Standards of the constituents of the urine and blood and the bearing of the metabolism of Bengalis on the problems of nutrition - Number 34
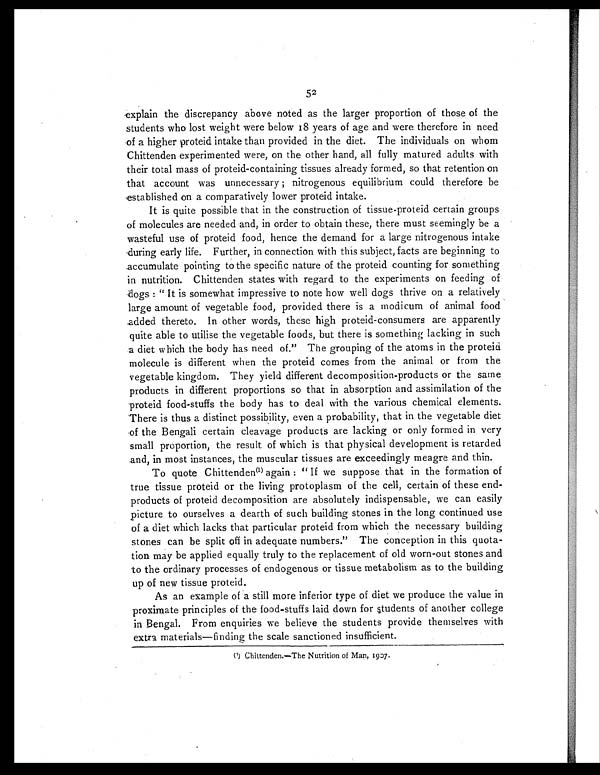
52
explain the discrepancy above noted as the larger proportion of those of the
students who lost weight were below 18 years of age and were therefore in need
of a higher protein intake than provided in the diet. The individuals on whom
Chittenden experimented were, on the other hand, all fully matured adults with
their total mass of proteid-containing tissues already formed, so that retention on
that account was unnecessary ; nitrogenous equilibrium could therefore be
established on a comparatively lower proteid intake.
It is quite possible that in the construction of tissue proteid certain groups
of molecules are needed and, in order to obtain these, there must seemingly be a
wasteful use of proteid food, hence the demand for a large nitrogenous intake
during early life. Further, in connection with this subject, facts are beginning to
accumulate pointing to the specific nature of the proteid counting for something
in nutrition. Chittenden states with regard to the experiments on feeding of
dogs : "It is somewhat impressive to note how well dogs thrive on a relatively
large amount of vegetable food, provided there is a modicum of animal food
added thereto. In other words, these high proteid-consumers are apparently
quite able to utilise the vegetable foods, but there is something lacking in such
a diet which the body has need of." The grouping of the atoms in the proteid
molecule is different when the proteid comes from the animal or from the
vegetable kingdom. They yield different decomposition-products or the same
products in different proportions so that in absorption and assimilation of the
proteid food-stuffs the body has to deal with the various chemical elements.
There is thus a distinct possibility, even a probability, that in the vegetable diet
of the Bengali certain cleavage products are lacking or only formed in very
small proportion, the result of which is that physical development is retarded
and, in most instances, the muscular tissues are exceedingly meagre and thin.
To quote Chittenden(1) again : "If we suppose that in the formation of
true tissue proteid or the living protoplasm of the cell, certain of these end-
products of proteid decomposition are absolutely indispensable, we can easily
picture to ourselves a dearth of such building stones in the long continued use
of a diet which lacks that particular proteid from which the necessary building
stones can be split off in adequate numbers." The conception in this quota-
tion may be applied equally truly to the replacement of old worn-out stones and
to the ordinary processes of endogenous or tissue metabolism as to the building
up of new tissue proteid.
As an example of a still more inferior type of diet we produce the value in
proximate principles of the food-stuffs laid down for students of another college
in Bengal. From enquiries we believe the students provide themselves with
extra materials—finding the scale sanctioned insufficient.
(1) Chittenden.—The Nutrition of Man, 1907.